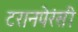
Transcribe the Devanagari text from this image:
टरानपेरंसी